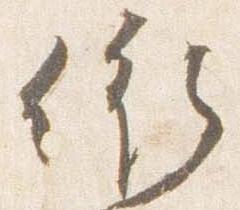
依